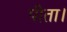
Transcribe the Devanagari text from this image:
पीता।